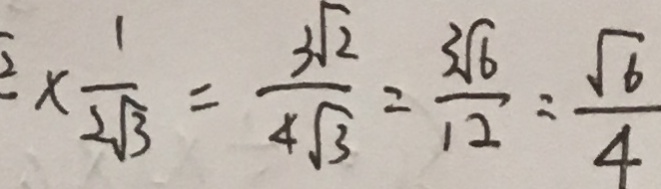
\frac { 1 } { 2 \sqrt { 3 } } = \frac { 3 \sqrt { 2 } } { 4 \sqrt { 3 } } = \frac { 3 \sqrt { 6 } } { 1 2 } = \frac { \sqrt { 6 } } { 4 }